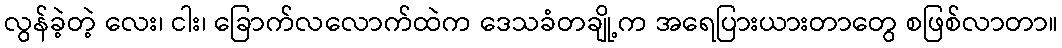
လွန်ခဲ့တဲ့ လေး၊ ငါး၊ ခြောက်လလောက်ထဲက ဒေသခံတချို့က အရေပြားယားတာတွေ စဖြစ်လာတာ။